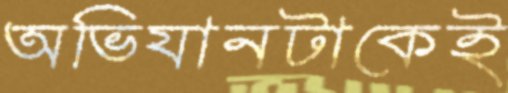
অভিযানটাকেই